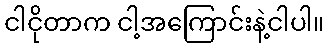
ငါငိုတာက ငါ့အကြောင်းနဲ့ငါပါ။